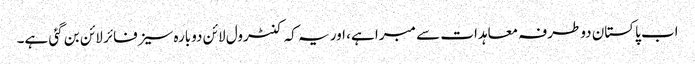
اب پاکستان دوطرفہ معاہدات سے مبرا ہے، اور یہ کہ کنٹرول لائن دوبارہ سیزفائر لائن بن گئی ہے۔